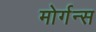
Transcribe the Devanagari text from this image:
मोर्गन्स